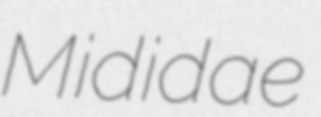
Mididae